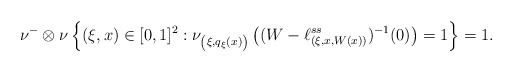
\begin{align*}\nu ^- \otimes \nu \left\{ (\xi, x) \in [0,1] ^2 : \nu _{\left( \xi, q _\xi (x) \right)} \left( ( W - \ell ^{ss} _{(\xi, x, W(x))} ) ^{-1} (0) \right) = 1 \right\} = 1 .\end{align*}